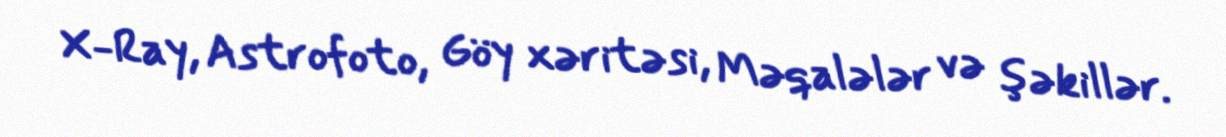
X-Ray, Astrofoto, Göy xəritəsi, Məqalələr və şəkillər.